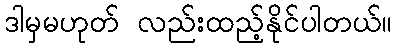
ဒါမှမဟုတ် လည်းထည့်နိုင်ပါတယ်။